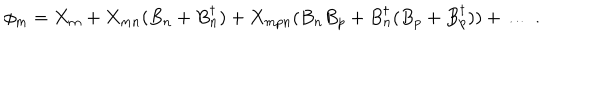
\phi _ { m } = X _ { m } + X _ { m n } ( B _ { n } + B _ { n } ^ { \dagger } ) + X _ { m p n } ( B _ { n } B _ { p } + B _ { n } ^ { \dagger } ( B _ { p } + B _ { p } ^ { \dagger } ) ) + \ldots \; .